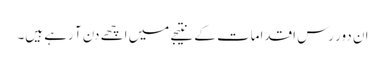
ان دور رس اقدامات کے نتیجے میں اچھے دن آ رہے ہیں۔